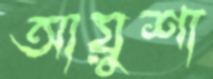
আয়ুশা